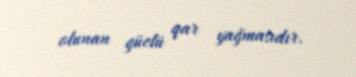
olunan güclü qar yağmasıdır.